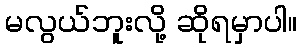
မလွယ်ဘူးလို့ ဆိုရမှာပါ။